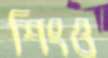
শিংও